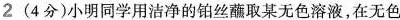
2(4分)小明同学用洁净的铂丝蘸取某无色溶液，在无色